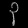
Digit: ၃